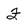
Character: F